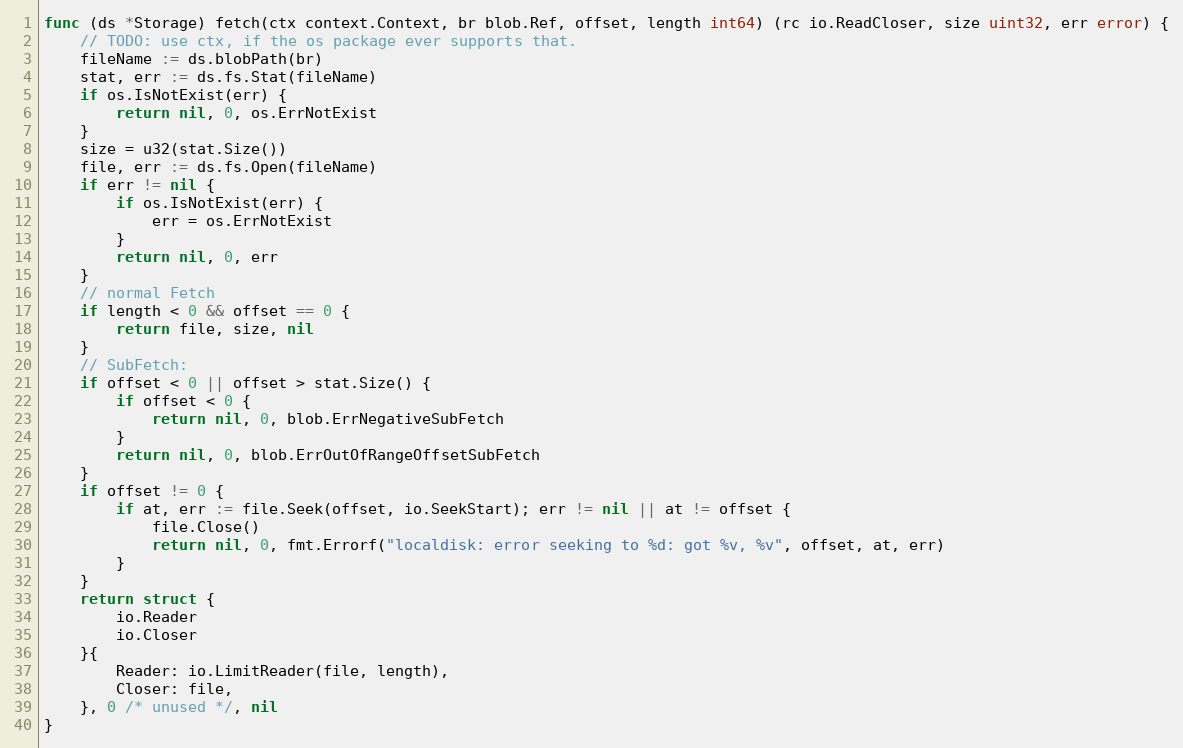
Language: Go
func (ds *Storage) fetch(ctx context.Context, br blob.Ref, offset, length int64) (rc io.ReadCloser, size uint32, err error) {
	// TODO: use ctx, if the os package ever supports that.
	fileName := ds.blobPath(br)
	stat, err := ds.fs.Stat(fileName)
	if os.IsNotExist(err) {
		return nil, 0, os.ErrNotExist
	}
	size = u32(stat.Size())
	file, err := ds.fs.Open(fileName)
	if err != nil {
		if os.IsNotExist(err) {
			err = os.ErrNotExist
		}
		return nil, 0, err
	}
	// normal Fetch
	if length < 0 && offset == 0 {
		return file, size, nil
	}
	// SubFetch:
	if offset < 0 || offset > stat.Size() {
		if offset < 0 {
			return nil, 0, blob.ErrNegativeSubFetch
		}
		return nil, 0, blob.ErrOutOfRangeOffsetSubFetch
	}
	if offset != 0 {
		if at, err := file.Seek(offset, io.SeekStart); err != nil || at != offset {
			file.Close()
			return nil, 0, fmt.Errorf("localdisk: error seeking to %d: got %v, %v", offset, at, err)
		}
	}
	return struct {
		io.Reader
		io.Closer
	}{
		Reader: io.LimitReader(file, length),
		Closer: file,
	}, 0 /* unused */, nil
}